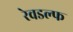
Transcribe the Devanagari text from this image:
रेवडल्फ